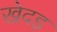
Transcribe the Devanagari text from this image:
खेदड़